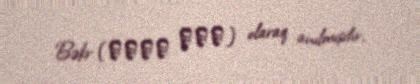
Bəkr (ديار بكر) olaraq anılmışdır.